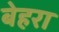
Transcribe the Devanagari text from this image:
बेहरा